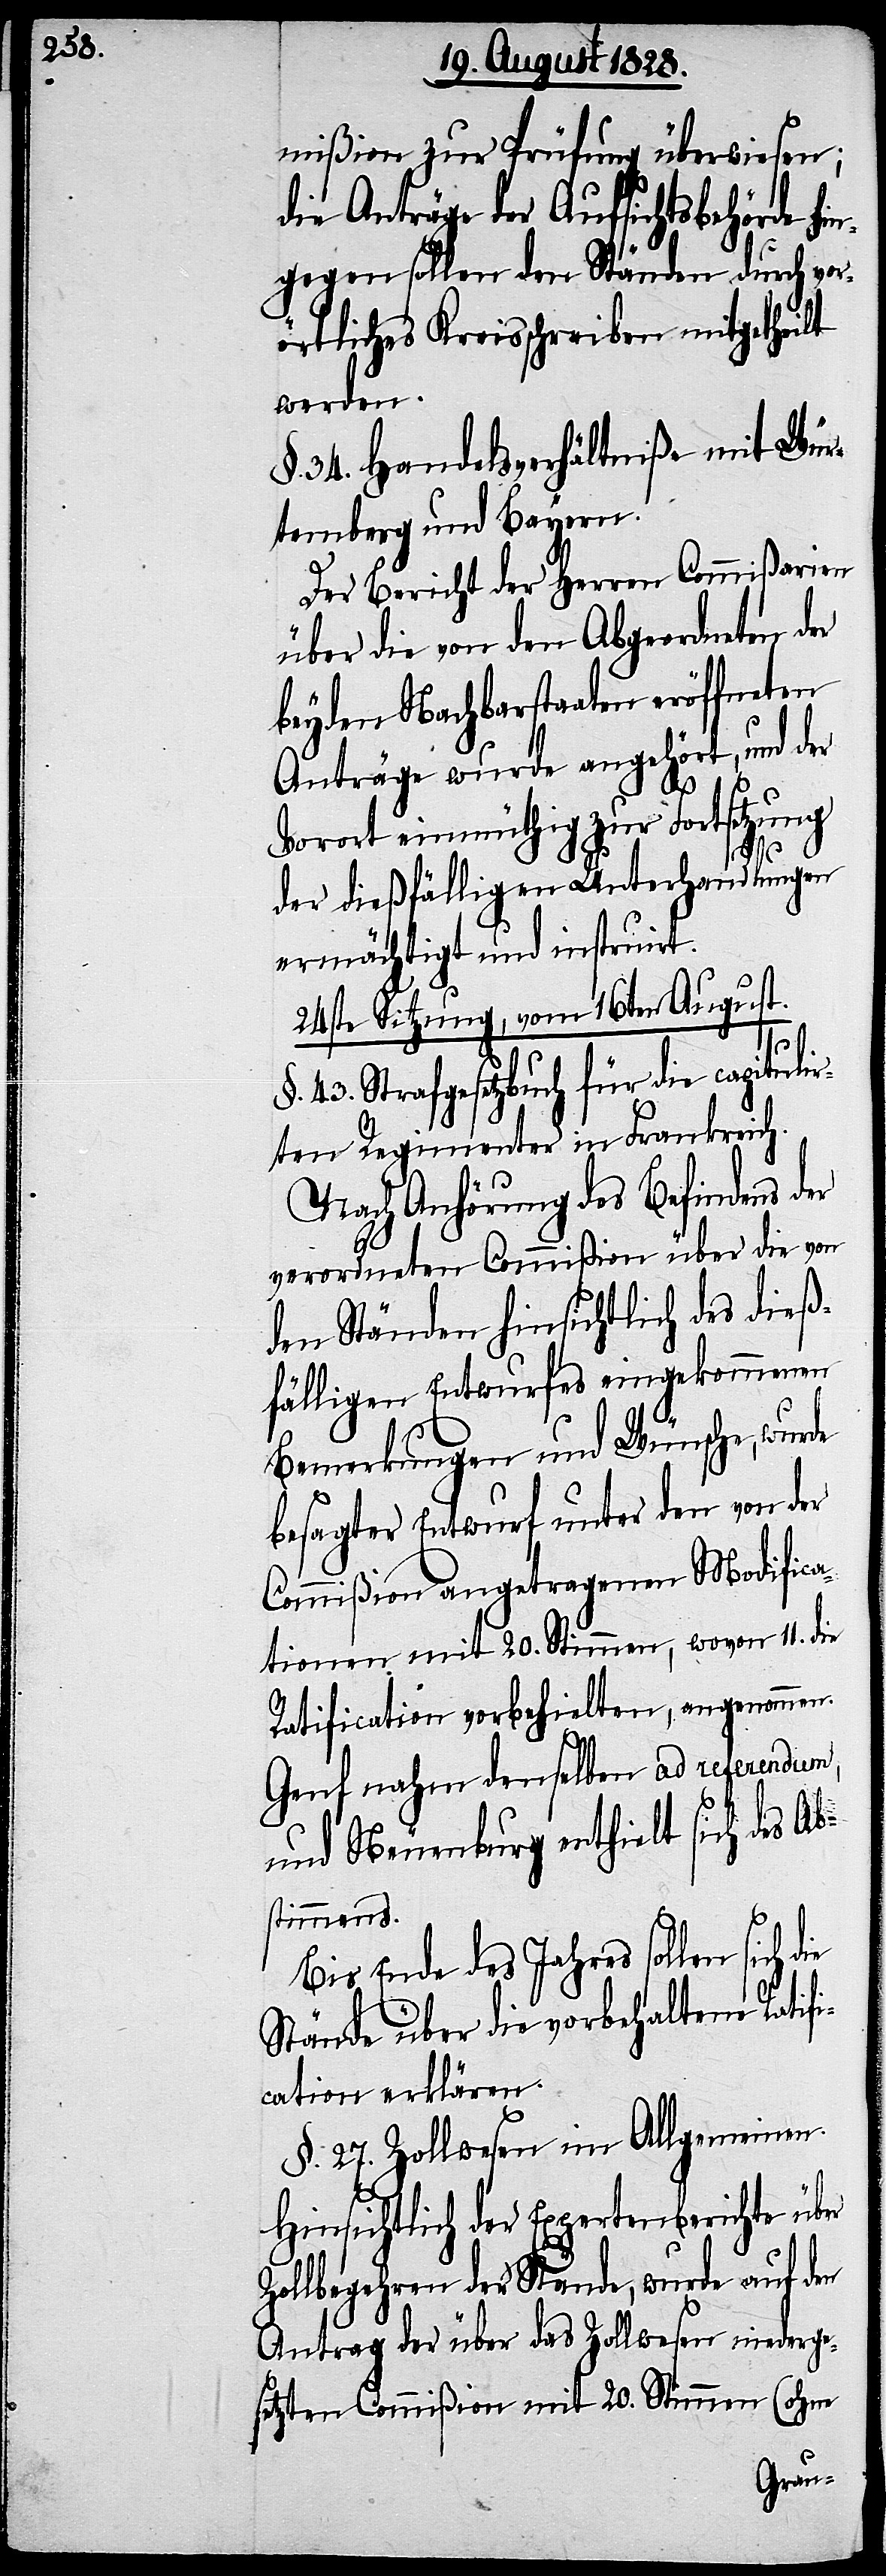
mißion zur Prüfung überwiesen;
die Anträge der Aufsichtsbehörde hi¬
ngegen sollen den Ständen durch vor¬
örtliches Kreisschreiben mitgetheilt
werden.
§. 34. Handelsverhältniße mit Wür¬
temberg und Bayern.
Der Bericht der Herren Commißarien
über die von den Abgeordneten der
beyden Nachbarstaaten eröffneten
Anträge wurde angehört und der
Vorort einmüthig zur Fortsetzung
der dießfälligen Unterhandlungen
ermächtigt und instruirt.
24ste Sitzung, vom 16ten August.
§. 43. Strafgesetzbuch für die capitulir¬
ten Regimenter in Frankreich.
Nach Anhörung des Befindens der
verordneten Commißion über die von
den Ständen hinsichtlich des dieß¬
fälligen Entwurfes eingekommenen
Bemerkungen und Wünsche, wurde
besagter Entwurf unter den von der
Commißion angetragenen Modifica¬
tionen mit 20. Stimmen, wovon 11. die
Ratification vorbehielten, angenommen.
Genf nahm denselben ad referendum,
und Neuenburg enthielt sich des Ab¬
stimmens.
Bis Ende des Jahres sollen sich die
Stände über die vorbehaltene Ratifi¬
cation erklären.
§. 27. Zollwesen im Allgemeinen.
Hinsichtlich des Expertenbericht über
Zollbegehren der Stände, wurde auf den
Antrag der über das Zollwesen niederge¬
setzten Commißion mit 20. Stimmen (ohne